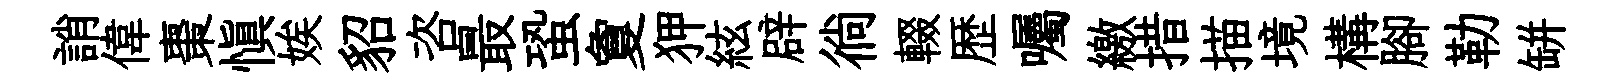
誚偉棗愼娭貂咨最蛩夐狎絃辟徜輟歴囑繳措描境構腳勒缾